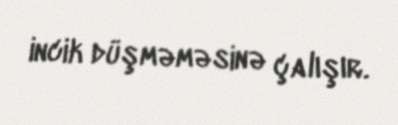
incik düşməməsinə çalışır.